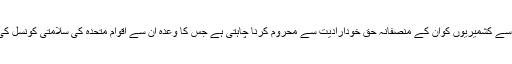
بھارتی حکومت ایسے اقدامات سے کشمیریوں کوان کے منصفانہ حق خودارادیت سے محروم کرنا چاہتی ہے جس کا وعدہ اُن سے اقوام متحدہ کی سلامتی کونسل کی قراردادوں میں بھی کیاگیاہے۔